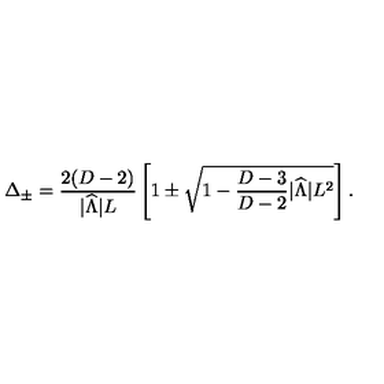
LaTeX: \Delta _ { \pm } = { \frac { 2 ( D - 2 ) } { | { \widehat \Lambda } | L } } \left[ 1 \pm \sqrt { 1 - { \frac { D - 3 } { D - 2 } } | { \widehat \Lambda } | L ^ { 2 } } \right] .